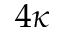
4 \kappa